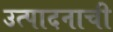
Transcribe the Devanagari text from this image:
उत्‍पादनाची